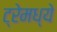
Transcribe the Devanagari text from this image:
ट्रेमध्ये